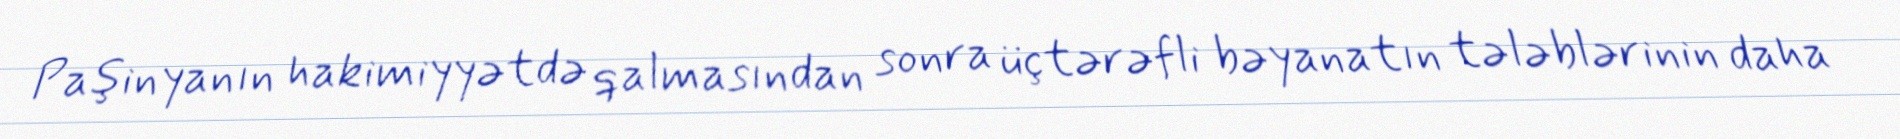
Paşinyanın hakimiyyətdə qalmasından sonra üçtərəfli bəyanatın tələblərinin daha